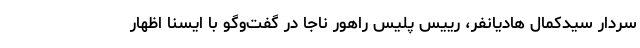
سردار سیدکمال هادیانفر، رییس پلیس راهور ناجا در گفت‌وگو با ایسنا اظهار